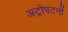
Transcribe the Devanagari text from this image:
अट्रोपटनों